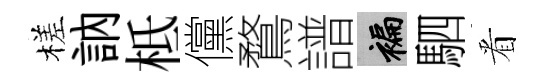
槎訥柢儻鶩譜褊駟㸔